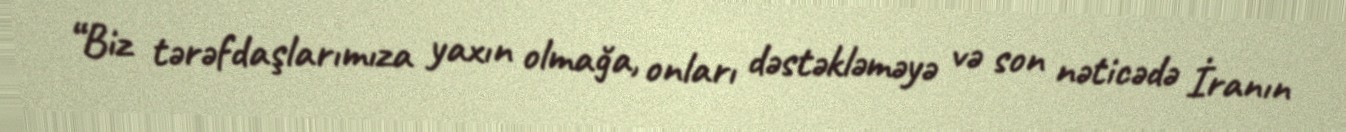
“Biz tərəfdaşlarımıza yaxın olmağa, onları dəstəkləməyə və son nəticədə İranın